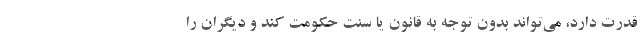
قدرت دارد، می‌تواند بدون توجه به قانون یا سنت حکومت کند و دیگران را